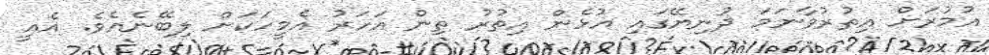
އުމުރަށް އިތުރުވާނަމަ ދުނިޔޭގައި އުޅެން އިތުރު ތިން އަހަރު އެމީހަކަށް ލިބޭނެއެވެ. އެއީ